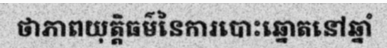
ថាភាពយុត្តិធម៌នៃការបោះឆ្នោតនៅឆ្នាំ